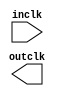

module clkctrl (
	inclk,
	outclk);	

	input		inclk;
	output		outclk;
endmodule